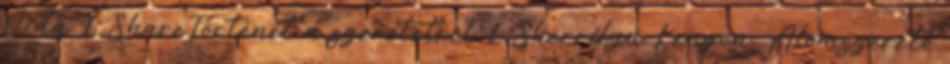
Vida 1 ShareTörténet a szeretetről 1 Sherrilyn Kenyon: Álomszerető